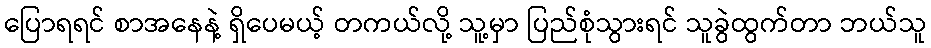
ပြောရရင် စာအနေနဲ့ ရှိပေမယ့် တကယ်လို့ သူ့မှာ ပြည်စုံသွားရင် သူခွဲထွက်တာ ဘယ်သူ